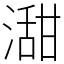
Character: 㵇